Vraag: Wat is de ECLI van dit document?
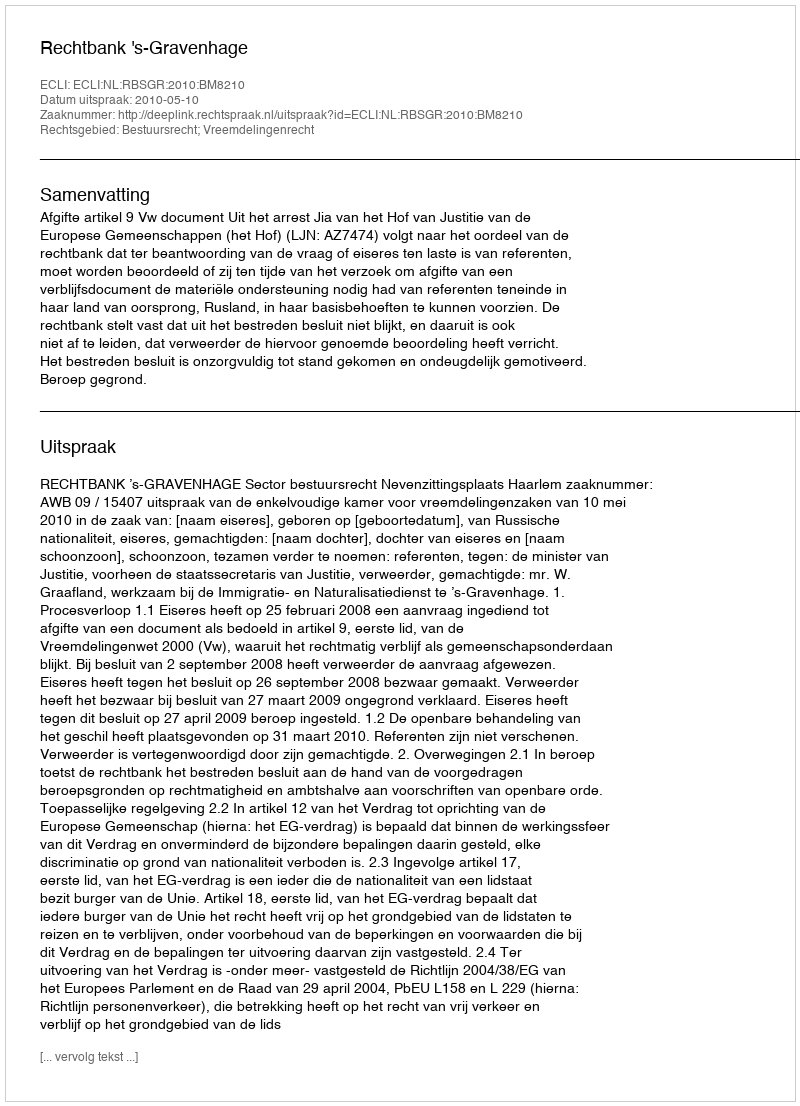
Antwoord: ECLI:NL:RBSGR:2010:BM8210